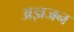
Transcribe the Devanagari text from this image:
अज्ञजन